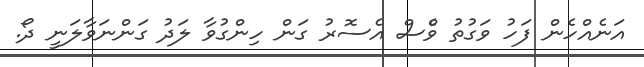
އަނެއްހެން ފަހު ވަގުތު ވެްސް އެސޮރު ގަން ހިންގުވާ ލަދު ގަންނަވާލަނީ ދޯ.